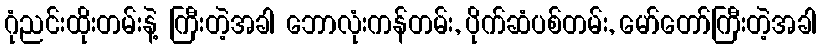
ဂုံညင်းထိုးတမ်းနဲ့ ကြီးတဲ့အခါ ဘောလုံးကန်တမ်း, ပိုက်ဆံပစ်တမ်း, မော်တော်ကြီးတဲ့အခါ